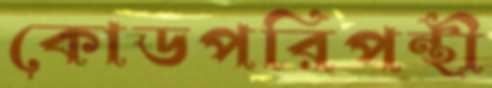
কোডপরিপন্থী